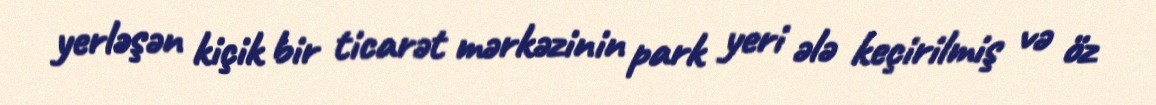
yerləşən kiçik bir ticarət mərkəzinin park yeri ələ keçirilmiş və öz